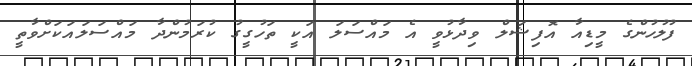
ފުލުހުންގެ މީޑިއާ އޮފިޝަލް ވިދާޅުވީ އެ މައްސަލަ އަކީ ތަހުގީގު ކުރަމުންދާ މައްސަލައަކަށްވާތީ